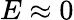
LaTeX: E\approx 0